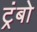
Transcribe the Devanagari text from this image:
ट्रंबो